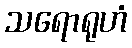
သရောရုဟံ